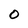
Character: O